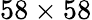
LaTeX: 58\times 58